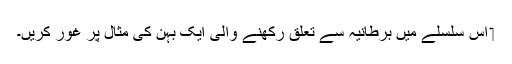
‏ اِس سلسلے میں برطانیہ سے تعلق رکھنے والی ایک بہن کی مثال پر غور کریں۔